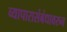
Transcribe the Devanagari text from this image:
व्यापारासंबंधावरुन